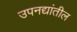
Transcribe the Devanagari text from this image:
उपनद्यांतील